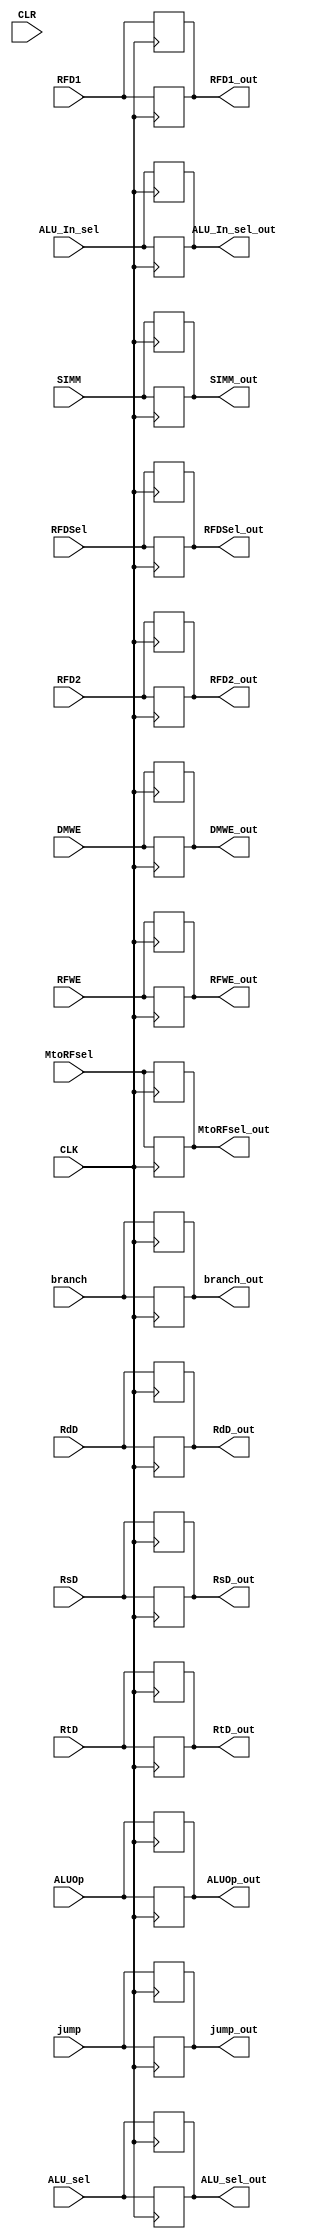
`timescale 1ns / 1ps
//////////////////////////////////////////////////////////////////////////////////
// Company: 
// Engineer: 
// 
// Design Name: 
// Module Name: pipline
// Project Name: 
// Target Devices: 
// Tool Versions: 
// Description: 
// 
// Dependencies: 
// 
// Revision:
// Revision 0.01 - File Created
// Additional Comments:
// 
//////////////////////////////////////////////////////////////////////////////////


module pipline(
    input CLK,CLR,
    
    input  RFWE,
    input  RFDSel,
    input  ALU_In_sel,
    input  branch,
    input  DMWE,
    input  MtoRFsel,
    input  [1:0] ALUOp,
    input  jump,
    input  [3:0] ALU_sel,  
    
    output reg  RFWE_out,
    output reg  RFDSel_out,
    output reg  ALU_In_sel_out,
    output reg  branch_out,
    output reg  DMWE_out,
    output reg  MtoRFsel_out,
    output reg  [1:0] ALUOp_out,
    output reg  jump_out,
    output reg  [3:0] ALU_sel_out,
    
    input [31:0]  RFD1,RFD2 ,
    input [4:0]  RsD,RtD,RdD,
    input [31:0] SIMM ,
    
    output reg [31:0] RFD1_out,RFD2_out ,
    output reg [4:0]  RsD_out,RtD_out,RdD_out,
    output reg [31:0] SIMM_out 
     
    );
    
    always @(posedge CLK) begin
    RFWE_out = RFWE;       
    RFDSel_out = RFDSel;      
    ALU_In_sel_out = ALU_In_sel;  
    branch_out = branch;      
    DMWE_out = DMWE;        
    MtoRFsel_out = MtoRFsel;    
    ALUOp_out = ALUOp;
    ALU_sel_out= ALU_sel;
    jump_out = jump;
    
    RFD1_out =RFD1;
    RFD2_out=RFD2;
    RsD_out= RsD;
    RtD_out= RtD;
    RdD_out= RdD;
    SIMM_out= SIMM;
    end 
    
    
    
    always @(negedge CLK) begin
    RFWE_out = RFWE;       
    RFDSel_out = RFDSel;      
    ALU_In_sel_out = ALU_In_sel;  
    branch_out = branch;      
    DMWE_out = DMWE;        
    MtoRFsel_out = MtoRFsel;    
    ALUOp_out = ALUOp;
    ALU_sel_out= ALU_sel;
    jump_out = jump;
    
    
    RFD1_out =RFD1;
    RFD2_out=RFD2;
    RsD_out= RsD;
    RtD_out= RtD;
    RdD_out= RdD;
    SIMM_out= SIMM;
    end 
    
    
    
    endmodule